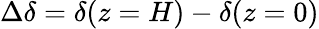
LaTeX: \Delta\delta=\delta(z=H)-\delta(z=0)